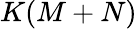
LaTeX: K(M+N)